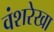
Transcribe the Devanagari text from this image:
वंशरेखा